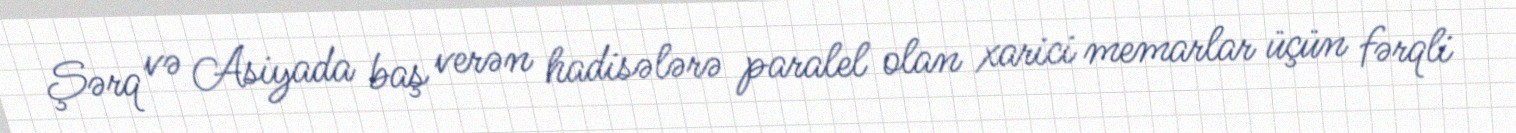
Şərq və Asiyada baş verən hadisələrə paralel olan xarici memarlar üçün fərqli